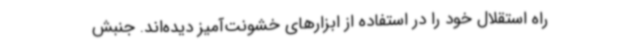
راه استقلال خود را در استفاده از ابزارهای خشونت‌آمیز دیده‌اند. جنبش